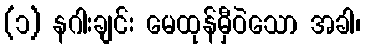
(၁) နဂါးချင်း မေထုန်မှီဝဲသော အခါ၊